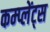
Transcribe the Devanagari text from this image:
कम्प्लेंट्स